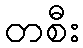
တစီး